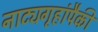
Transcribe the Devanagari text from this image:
नाट्यगृहांपैकी